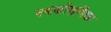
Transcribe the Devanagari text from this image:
नबकोशविद्या